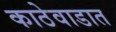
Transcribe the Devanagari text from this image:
काठेवाडात